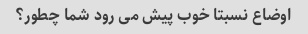
اوضاع نسبتا خوب پیش می رود شما چطور؟